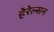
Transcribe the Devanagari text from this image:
हेरेल्सन